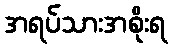
အရပ်သားအစိုးရ